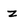
Character: z